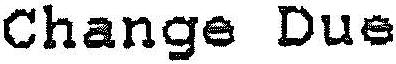
CHANGE DUE